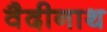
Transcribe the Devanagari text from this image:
वैदीनाथ